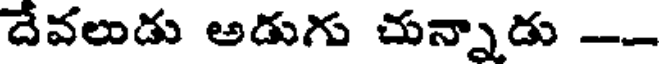
దేవలుడు అడుగు చున్నాడు --